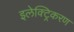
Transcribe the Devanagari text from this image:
इलेक्ट्रिकरण